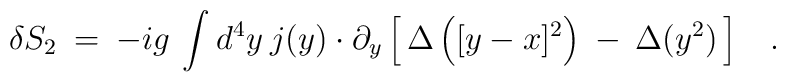
\delta S_2 \> = \> -i g \> \int d^4 y \> j(y) \cdot \partial_y\left[ \, \Delta \left ([y-x]^2 \right ) \> - \> \Delta(y^2) \, \right ]\;\;\;.